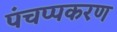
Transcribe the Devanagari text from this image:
पंचप्पकरण